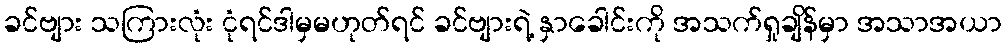
ခင်ဗျား သကြားလုံး ငုံရင်ဒါမှမဟုတ်ရင် ခင်ဗျားရဲ့ နှာခေါင်းကို အသက်ရှုချိန်မှာ အသာအယာ